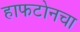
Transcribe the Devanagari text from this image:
हाफटोनचा